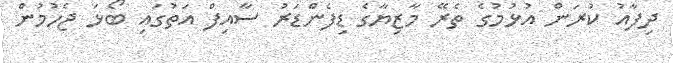
ދިފާއު ކުރަން އުޅުމުގެ ތެރޭ މާޒިޔާގެ ޑިފެންޑަރު ސާއިފް އަތުގައި ބޯޅަ ޖެހުމުން